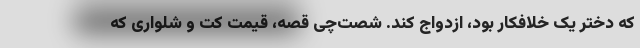
که دختر یک خلافکار بود، ازدواج کند. شصت‌چی قصه، قیمت کت و شلواری که